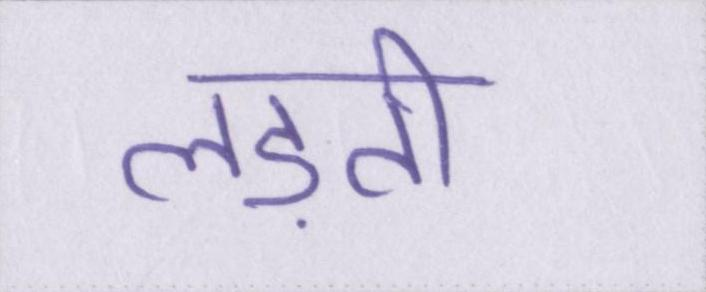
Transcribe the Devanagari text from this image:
लड़ती